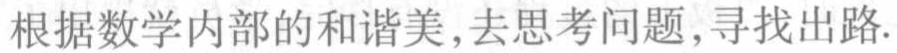
根据数学内部的和谐美,去思考问题,寻找出路.